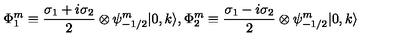
\Phi _ { 1 } ^ { m } \equiv \frac { \sigma _ { 1 } + i \sigma _ { 2 } } { 2 } \otimes \psi _ { - 1 / 2 } ^ { m } | 0 , k \rangle , \Phi _ { 2 } ^ { m } \equiv \frac { \sigma _ { 1 } - i \sigma _ { 2 } } { 2 } \otimes \psi _ { - 1 / 2 } ^ { m } | 0 , k \rangle